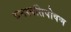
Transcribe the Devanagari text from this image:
वनस्पतिपोषण